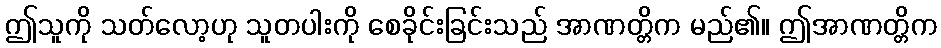
ဤသူကို သတ်လော့ဟု သူတပါးကို စေခိုင်းခြင်းသည် အာဏတ္တိက မည်၏။ ဤအာဏတ္တိက